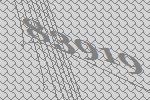
83919